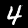
Digit: 4